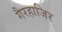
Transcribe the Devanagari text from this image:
गैरहाजिर